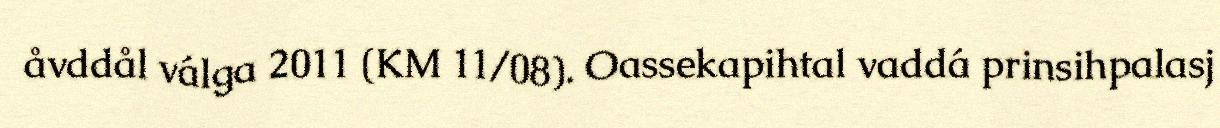
åvddål válga 2011 (KM 11/08). Oassekapihtal vaddá prinsihpalasj